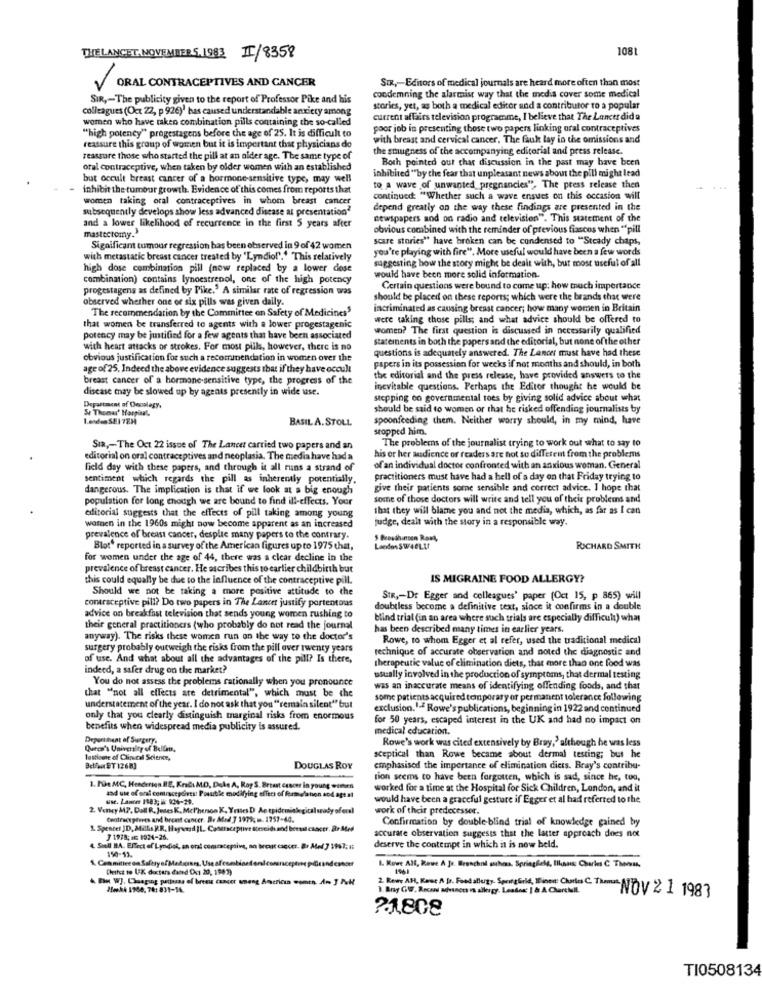
1081
THE LANCET. NOVEMBER 5.1983 II/8358
Six ,- Editors of medical journals are heard more often than most
ORAL CONTRACEPTIVES AND CANCER
SIR, - The publicity given to the report of Professor Pike and his
condemning the alarmist way that the media cover some medical
colleagues (Oct 22, p 926)' has caused understandable anxiety among
stories, yet, as both a medical editor and a contributor to a popular
women who have taken combination pills containing the so-called
current affairs television programme, I believe that The Lancer did a
"high potency" progestagens before the age of 25. It is difficult to
poor job in presenting those two papers linking oral contraceptives
with breast and cervical cancer. The Guk lay in the omissions and
reassure this group of women but it is important that physicians do
the smugness of the accompanying editorial and press release.
reassure those who started the pill at an older age. The same type of
Both pointed out char discussion in the past may have been
oral contraceptive, when taken by older women with an established
inhibited "by the fear that unpleasant news about the pill might lead
but occult breast cancer of a hormone-sensitive type, may well
inhibit the tumour growth. Evidence of this comes from reports that
to a wave of unwanted_pregnancies", The press release then
women taking oral contraceptives in whom breast cancer
continued: "Whether such a wave ensues on this occasion will
subsequently develops show less advanced disease at presentation"
depend greatly on the way these findings are presented in the
and a lower likelihood of recurrence in the first 5 years after
newspapers and on radio and television". This statement of the
mastectomy."
obvious combined with the reminder of previous fiascos when ""pill
scare stories" have broken can be condensed to "Steady chaps,
Significant tumour regression has been observed in 9 of 42 women
you're playing with fire". More useful would have been a few words
with metastatic breast cancer treated by 'Lyndiol'." This relatively
suggesting how the story might be dealt with, but most useful of all
high dose combination pill (now replaced by a lower dose
would have been more solid information.
combination) contains lynoestrenol, one of the high potency
progestagens as defined by Pike.5 A similar rate of regression was
Certain questions were bound to come up: how much importance
observed whether one or six pills was given daily.
should be placed on these reports; which were the brands that were
The recommendation by the Committee on Safety of Medicines"
incriminated as causing breast cancer; how many women in Britain
were taking those pills; and what advice should be offered to
that women be transferred to agents with a lower progestagenic
women? The first question is discussed in necessarily qualified
potency may be justified for a few agents that have been associated
Statements in both the papersand the editorial, but none of the other
with heart attacks or strokes. For most plils, however, there is no
questions is adequately answered. The Lancer must have had these
obvious justification for such a recommendation in women over the
age of 25. Indeed the above evidence suggests that if they have occult
papers in its possession for weeks if not months and should, in both
breast cancer of a hormone-sensitive type, the progress of the
the editorial and the press release, have provided answers to the
disease may be slowed up by agents presently in wide use.
inevitable questions. Perhaps the Editor thought he would be
stcpping on governmental toes by giving solid advice about what
Department of Docalegy,
Se Thomas' Harping',
should be said to women or that he risked offending journalists by
1.endenSEI 7EH
BASIL A.STOLL
spoonfeeding them. Neither worry should, in my mind, have
stopped him.
The problems of the journalist trying to work out what to say to
SIR ,- The Oct 22 issue of The Lancet carried two papers and an
editorial on oral contraceptives and neoplasia. The media have had a
his or her audience or readers are not so different from the problems
field day with these papers, and through it all runs a strand of
of an individual doctor confronted with an anxious woman. General
sentiment which regards the pill as inheremly potentially.
practitioners must have had a hell of a day on that Friday trying to
dangerous. The implication is that if we look at a big enough
give their patients some sensible and correct advice. I hope that
population for long though we are bound to find ill-effects. Your
some of those doctors will write and tell you of their problems and
that they will blame you and not the media, which, as far as I can
editorial suggests that the effects of pill taking among young
judge, dealt with the story in a responsible way.
women in the 1960s might now become apparent as an increased
prevalence of breast cancer, desplie many papers to the contrary.
5 Beosdhansen Ront,
Blot" reported in a survey of the American figures up to 1975 chat,
London SW4OLLI
RICHARD SMITH
for women under the age of 44, there was a clear decline in the
prevalence of breast cancer. He escribes this to earlier childbirth but
this could equally be due to the influence of the contraceptive pill.
IS MIGRAINE FOOD ALLERGY?
Should we not be taking a more positive attitude to the
contraceptive pill? Do two papers in The Lancet justify portentous
SIR ,- DE Egger and colleagues' paper (Oct 15, p 865) will
doubtless become a definitive text, since it confirms in a double
advice on breakfast television that sends young women rushing to
blind trial (in an area where such trials are especially difficult) what
their general practitioners (who probably do not read the journal
has been described many times in earlier years.
anyway). The risks these women run on the way to the doctor's
Rowe, to whom Egger et al refer, used the traditional medical
surgery probably outweigh the risks from the pill over twenty years
rechnique of accurate observation and noted the diagnostic and
of use. And what about all the advantages of the pill? Is there,
therapeutic value of elimination diets, that more than one food was
indeed, a safer drug on the market?
You do not assess the problems rationally when you pronounce
usually involved in the production of symptoms, that dermal testing
that "not all effects are detrimental", which must be the
was an inaccurate means of identifying offending foods, and that
some patients acquired temporary or permanent tolerance following
understatement of the year. I do not ask that you "remain silent" but
exclusion. I-7 Rowe's publications, beginning in 1922 and continued
only that you clearly distinguish marginal risks from enormous
for 50 years, escaped interest in the UK and had no impact on
benefits when widespread media publicity is assured.
medical education.
Department of Surgery.
Rowe's work was cited extensively by Bray,' although he was less
Queen's University of Bellmts,
lastisme of Clinical Science,
sceptical than Rowe became about dermal testing; but he
Bella ET 1268]
DOUGLAS ROY
emphasised the importance of elimination dicts. Bray's contribu-
rion seems to have been forgotten, which is sad, since he, too,
1. Pe MC, Henderson BE, Enla MD, Duke A, Roy S. Breast cancer in young women
and ute of oral contraceptives: Possibile modifying effect of fermerlation and agt af
worked for a time at the Hospital for Sick Children, London, and it
use. Lancer 1983; # 034-29.
would have been a graceful gesture if Egger et al had referred to the
2. Vency M.P. Dall R. Jeses K, Mcl'henson K, Yrtles D Ao epidemialegit
yoferaÌ
work of their predecessor.
Centracepines and brent cancer. B. Mad 7 1979; m. 1757-44.
Confirmation by double-blind trial of knowledge gained by
1. Spencer JD, Millis KR. Hayward IL. Contraceptive Steseidsand beetsl chacer. Br Ated
7 1978; 16 1924-26.
accurate observation suggests that the latter approach does not
4. Siell BA. Effect of Lyndiok, an oral commaceptive, an bout cancer. Br Ated 7 1997; #
150-13.
deserve the contempt in which it is now beld.
Cheifst to UK docters dannd Oct 20, 1983)
1. Rowe All, Rowe A Jo. Bronchial suhan. Springfield, Illans Charles C Theas
1961
Ein WJ. Chaaging pattesas of brees cancer weng American women, An J AuH
Meek4 1960, 78: 831-16.
1. Bray GW. Recand advances in allergy. Lesdes: | & A ChareMIL.
2. Kowy AH, Rose A Jr. Food allergy. SportGrid, Einen: Charts C. Tamos NOV 2 1 1983
?1,808
TI0508134